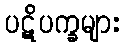
ပဋိပက္ခများ